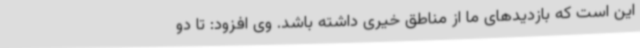
این است که بازدیدهای ما از مناطق خیری داشته باشد. وی افزود: تا دو